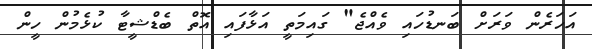
އަހަރެން ވަރަށް ބަނޑުހައި ވެއްޖެ" ގައިމަތީ އަޅާފައި އޮތް ބެޑްޝީޓާ ކުޅެމުން ހީން